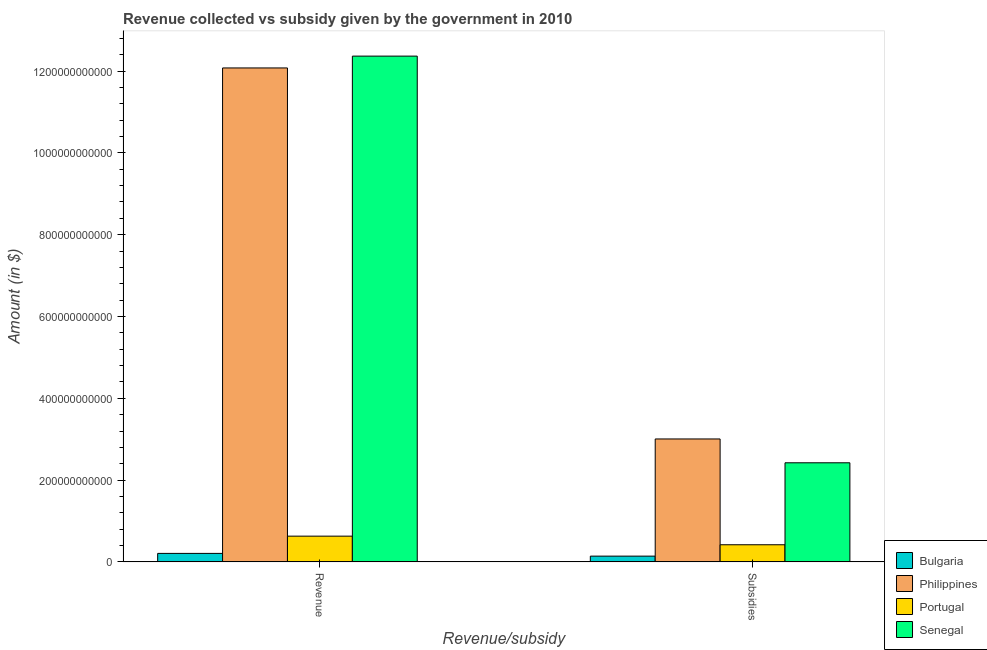
| Revenue/subsidy | Bulgaria | Philippines | Portugal | Senegal |
 | --- | --- | --- | --- | --- |
 | Revenue | 2.08e+10 | 1.21e+12 | 6.3e+10 | 1.24e+12 |
 | Subsidies | 1.41e+10 | 3.01e+11 | 4.19e+10 | 2.42e+11 |